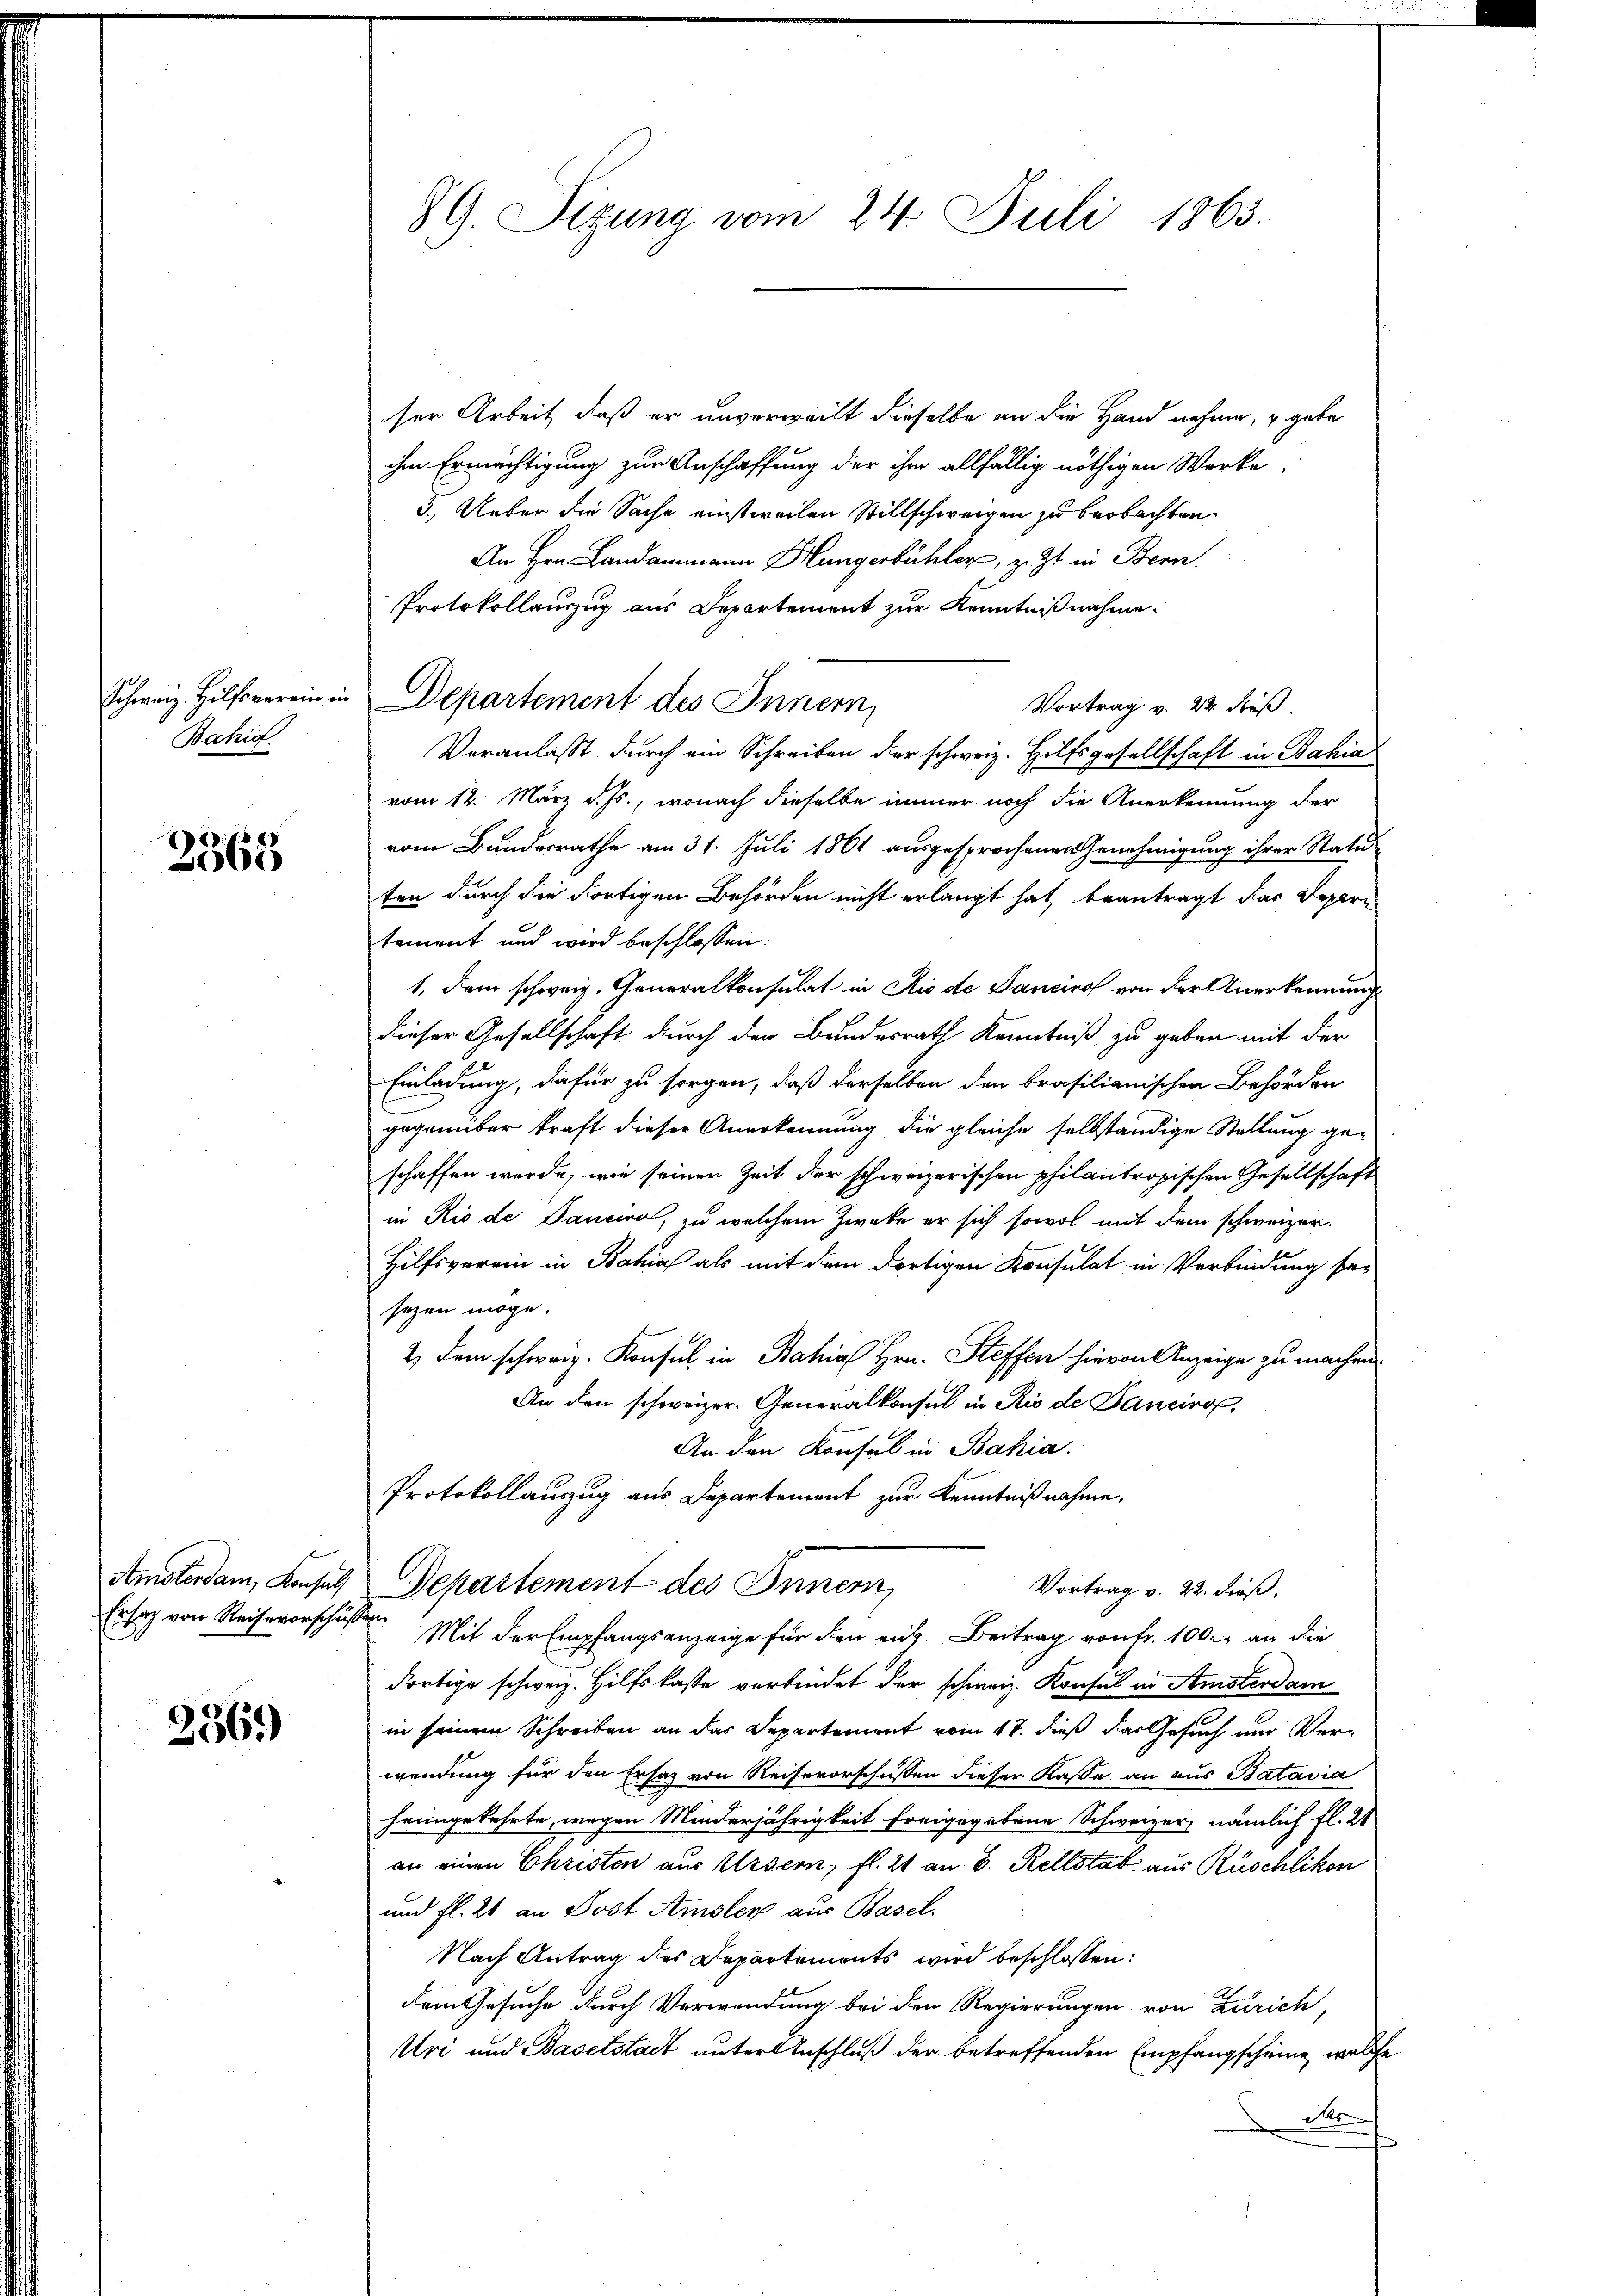
Schweiz. Hilfsverein in
Bahia.

2365

Amsterdam, Konsuls
Ersatz von Reisevorschuß

2569)

89. Sitzung vom 24. Juli 1863.

ser Arbeit, daß er unverweilt dieselbe an die Hand nehme, u. gebe
ihm Ermächtigung zur Anschaffung der ihm allfällig nöthigen Werke
3. Ueber die Sache einstweilen Stillschweigen zu beobachten
An Hrn. Landammann Hungerbühler, z. Zt. in Bern.
Protokollauzug aus Departement zur Kenntnißnahme.
Departement des Innern,
Vortrag v. 22. dieß.
Veranlasst durch ein Schreiben der schweiz. Hilfsgesellschaft in Bahia
vom 12. März d. Js., wonach dieselbe immer noch die Anerkennung der
vom Bundesrathe am 31. Juli 1861 ausgesprochenen Genehmigung ihrer Statu
ten durch die Fortigen Behörden nicht erlangt hat, beantragt das Depern
tement und wird beschlossen:
1, dem schweiz. Generalkonsulat in Rio de Sanciro von der Anerkennung
dieser Gesellschaft durch den Bundesrath Kenntniß zu geben mit der
Einladung, dafür zu sorgen, daß derselben den brasilianischen Behörden
gegenüber kraft dieser Anerkennung die gleiche selbständige Stellung geschaffen werde, wie seiner Zeit der schweizerischen philantropischen Gesellschaft
in Rio de Daniere, zu welchem Zweke er sich sowol mit dem schweizer¬
Hilfsverein in Bahia als mit dem dortigen Konsulat in Verbindung besezen möge.
2) dem schweiz. Konsul in Bahia Hrn. Steffen hievon Anzeige zu machen.
An den schweizer. Generalkonsul in Rio de Fancirof
An den Konsul in Bahia.
Protokollauszug aus Departement zur Kenntnißnahme.
Departement des Inner
Vortrag v. 22. dieß,
 Mit der Empfangsanzeige für den eit. Beitrag von Fr. 100. an die
dortige schweiz. Hilfskasse verbindet der schweiz. Konsul in Amsterdam
in seinem Schreiben an das Departement vom 17. dieß das Gesuch nur Verwendung für den Ersatz von Reisevorschüssen dieser Kasse an aus Batavia
heimgekehrte, wegen Minderjährigkeit freigegebene Schweizer, nämlich fl. 21
an einen Christen aus Ursern, fl. 21 an 8. Rellstat aus Rüschlikon
und fl. 21 an Post Amsler aus Basel.
Nach Antrag des Departements wird beschlossen:
dem Gesuche durch Verwendung bei den Regierungen von Zürich,
Uri und Baselstadt unter Anschluß der betreffenden Empfangscheine, welche
ds